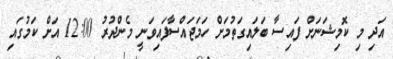
އަދި މި ކޮމިޝަނަށް ފައިސާ ބަލައިގަތުމަށް ހަމަޖައްސާފައިވަނީ މެންދުރު 12:00 އަށް ކަމުގައި